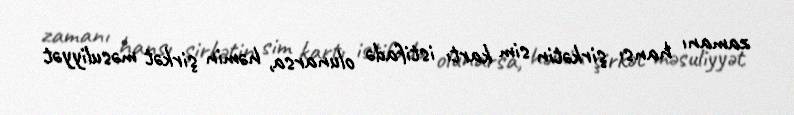
zamanı hansı şirkətin sim kartı istifadə olunarsa, həmin şirkət məsuliyyət